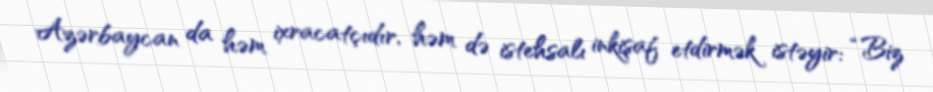
Azərbaycan da həm ixracatçıdır, həm də istehsalı inkişaf etdirmək istəyir: “Biz